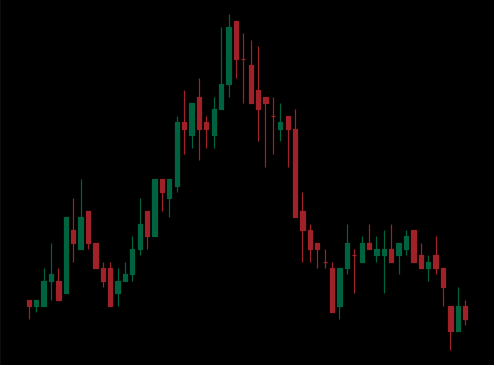
Pattern: head_shoulders